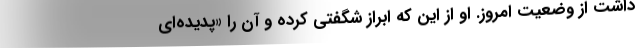
داشت از وضعیت امروز. او از این که ابراز شگفتی کرده و آن را «پدیده‌ای